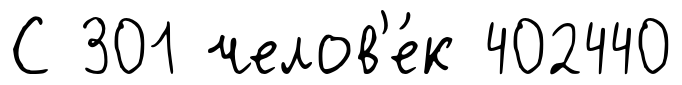
С 301 челов'е́к 402440